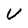
Character: U